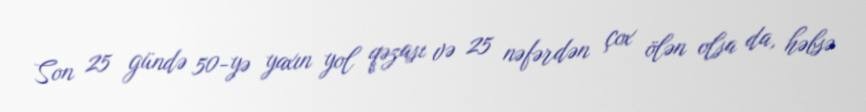
Son 25 gündə 50-yə yaxın yol qəzası və 25 nəfərdən çox ölən olsa da, həbsə